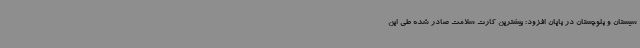
سیستان و بلوچستان در پایان افزود: بیشترین کارت سلامت صادر شده طی این